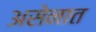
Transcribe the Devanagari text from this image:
असेनात